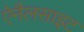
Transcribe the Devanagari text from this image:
ऐनैलसाइट